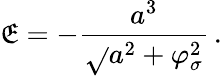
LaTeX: \mathfrak{E}=-\frac{{a^{3}}}{{\sqrt{}{{a^{2}+\varphi_{\sigma}^{2}}}}}\, .